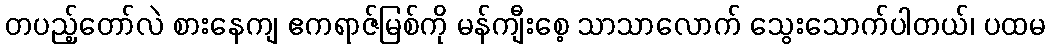
တပည့်တော်လဲ စားနေကျ ဧကရာဇ်မြစ်ကို မန်ကျီးစေ့ သာသာလောက် သွေးသောက်ပါတယ်၊ ပထမ